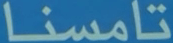
تامسنا